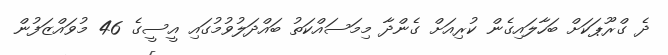
ދެ ގްރޫޕަކަށް ބަހާލައިގެން ކުރިއަށް ގެންދާ މިމަސައްކަތު ބައްދަލުވުމުގައި އީސީގެ 46 މުވައްޒަފުން